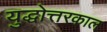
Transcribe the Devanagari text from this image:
युद्धोत्तरकाल